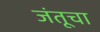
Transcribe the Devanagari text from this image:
जंतूचा